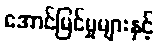
အောင်မြင်မှုများနှင့်